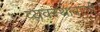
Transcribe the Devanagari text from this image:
व्यवस्थावाली